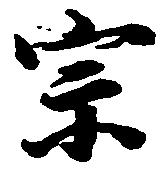
宗